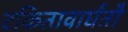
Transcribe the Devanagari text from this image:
टकितावार्घंतौ